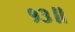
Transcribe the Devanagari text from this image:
१३॥